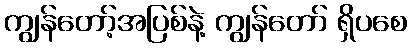
ကျွန်တော့်အပြစ်နဲ့ ကျွန်တော် ရှိပစေ